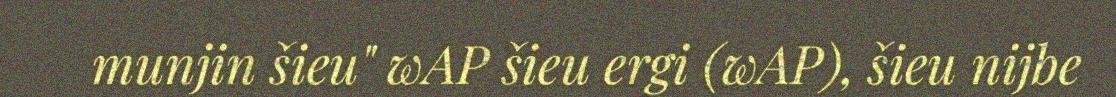
munjin šieu" wAP šieu ergi (wAP), šieu nijbe